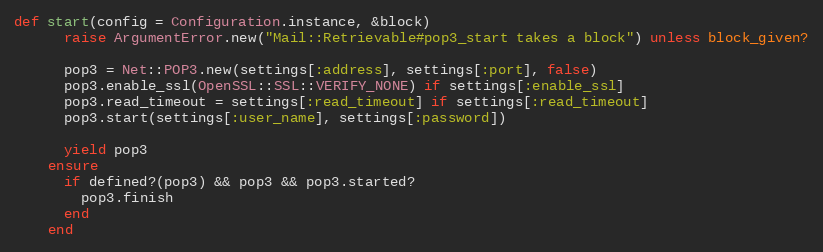
Language: Ruby
def start(config = Configuration.instance, &block)
      raise ArgumentError.new("Mail::Retrievable#pop3_start takes a block") unless block_given?

      pop3 = Net::POP3.new(settings[:address], settings[:port], false)
      pop3.enable_ssl(OpenSSL::SSL::VERIFY_NONE) if settings[:enable_ssl]
      pop3.read_timeout = settings[:read_timeout] if settings[:read_timeout]
      pop3.start(settings[:user_name], settings[:password])

      yield pop3
    ensure
      if defined?(pop3) && pop3 && pop3.started?
        pop3.finish
      end
    end